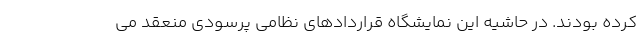
کرده بودند. در حاشیه این نمایشگاه قراردادهای نظامی پرسودی منعقد می